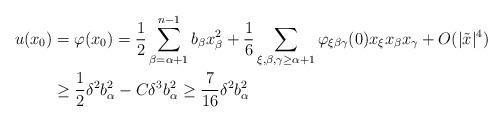
LaTeX: \begin{align*}\begin{aligned}u (x_0)& =\varphi(x_0)= \frac{1}{2} \sum_{\beta=\alpha+1}^{n-1} b_\beta x_\beta^2 + \frac{1}{6} \sum_{\xi, \beta, \gamma \geq \alpha+1} \varphi_{\xi \beta \gamma} (0) x_\xi x_\beta x_\gamma + O (|\tilde{x}|^4)\\&\geq \frac{1}{2} \delta^2 b_\alpha^2 - C \delta^3 b_\alpha^2 \geq \frac{7}{16} \delta^2 b_\alpha^2\end{aligned}\end{align*}